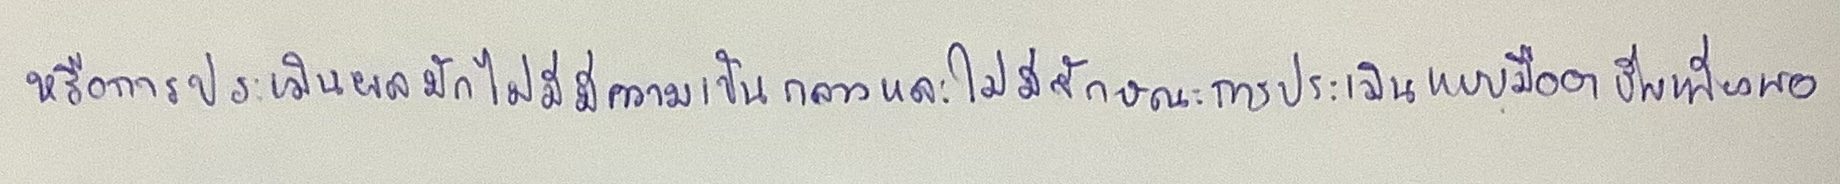
หรือการประเมินผลมักไม่มีความเป็นกลางและไม่มีลักษณะเป็นการประเมินแบบมืออาชีพเพียงพอ